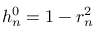
h _ { n } ^ { 0 } = 1 - r _ { n } ^ { 2 }